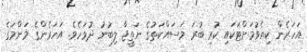
އަހަރެން ކިޔެވުމަށްޓަކައި ކުރި ބުރަ މަސައްކަތުގެ ނަތީޖާ ލިބުނު ދުވަހެވެ. އަހަރެންގެ މަންމަގެ